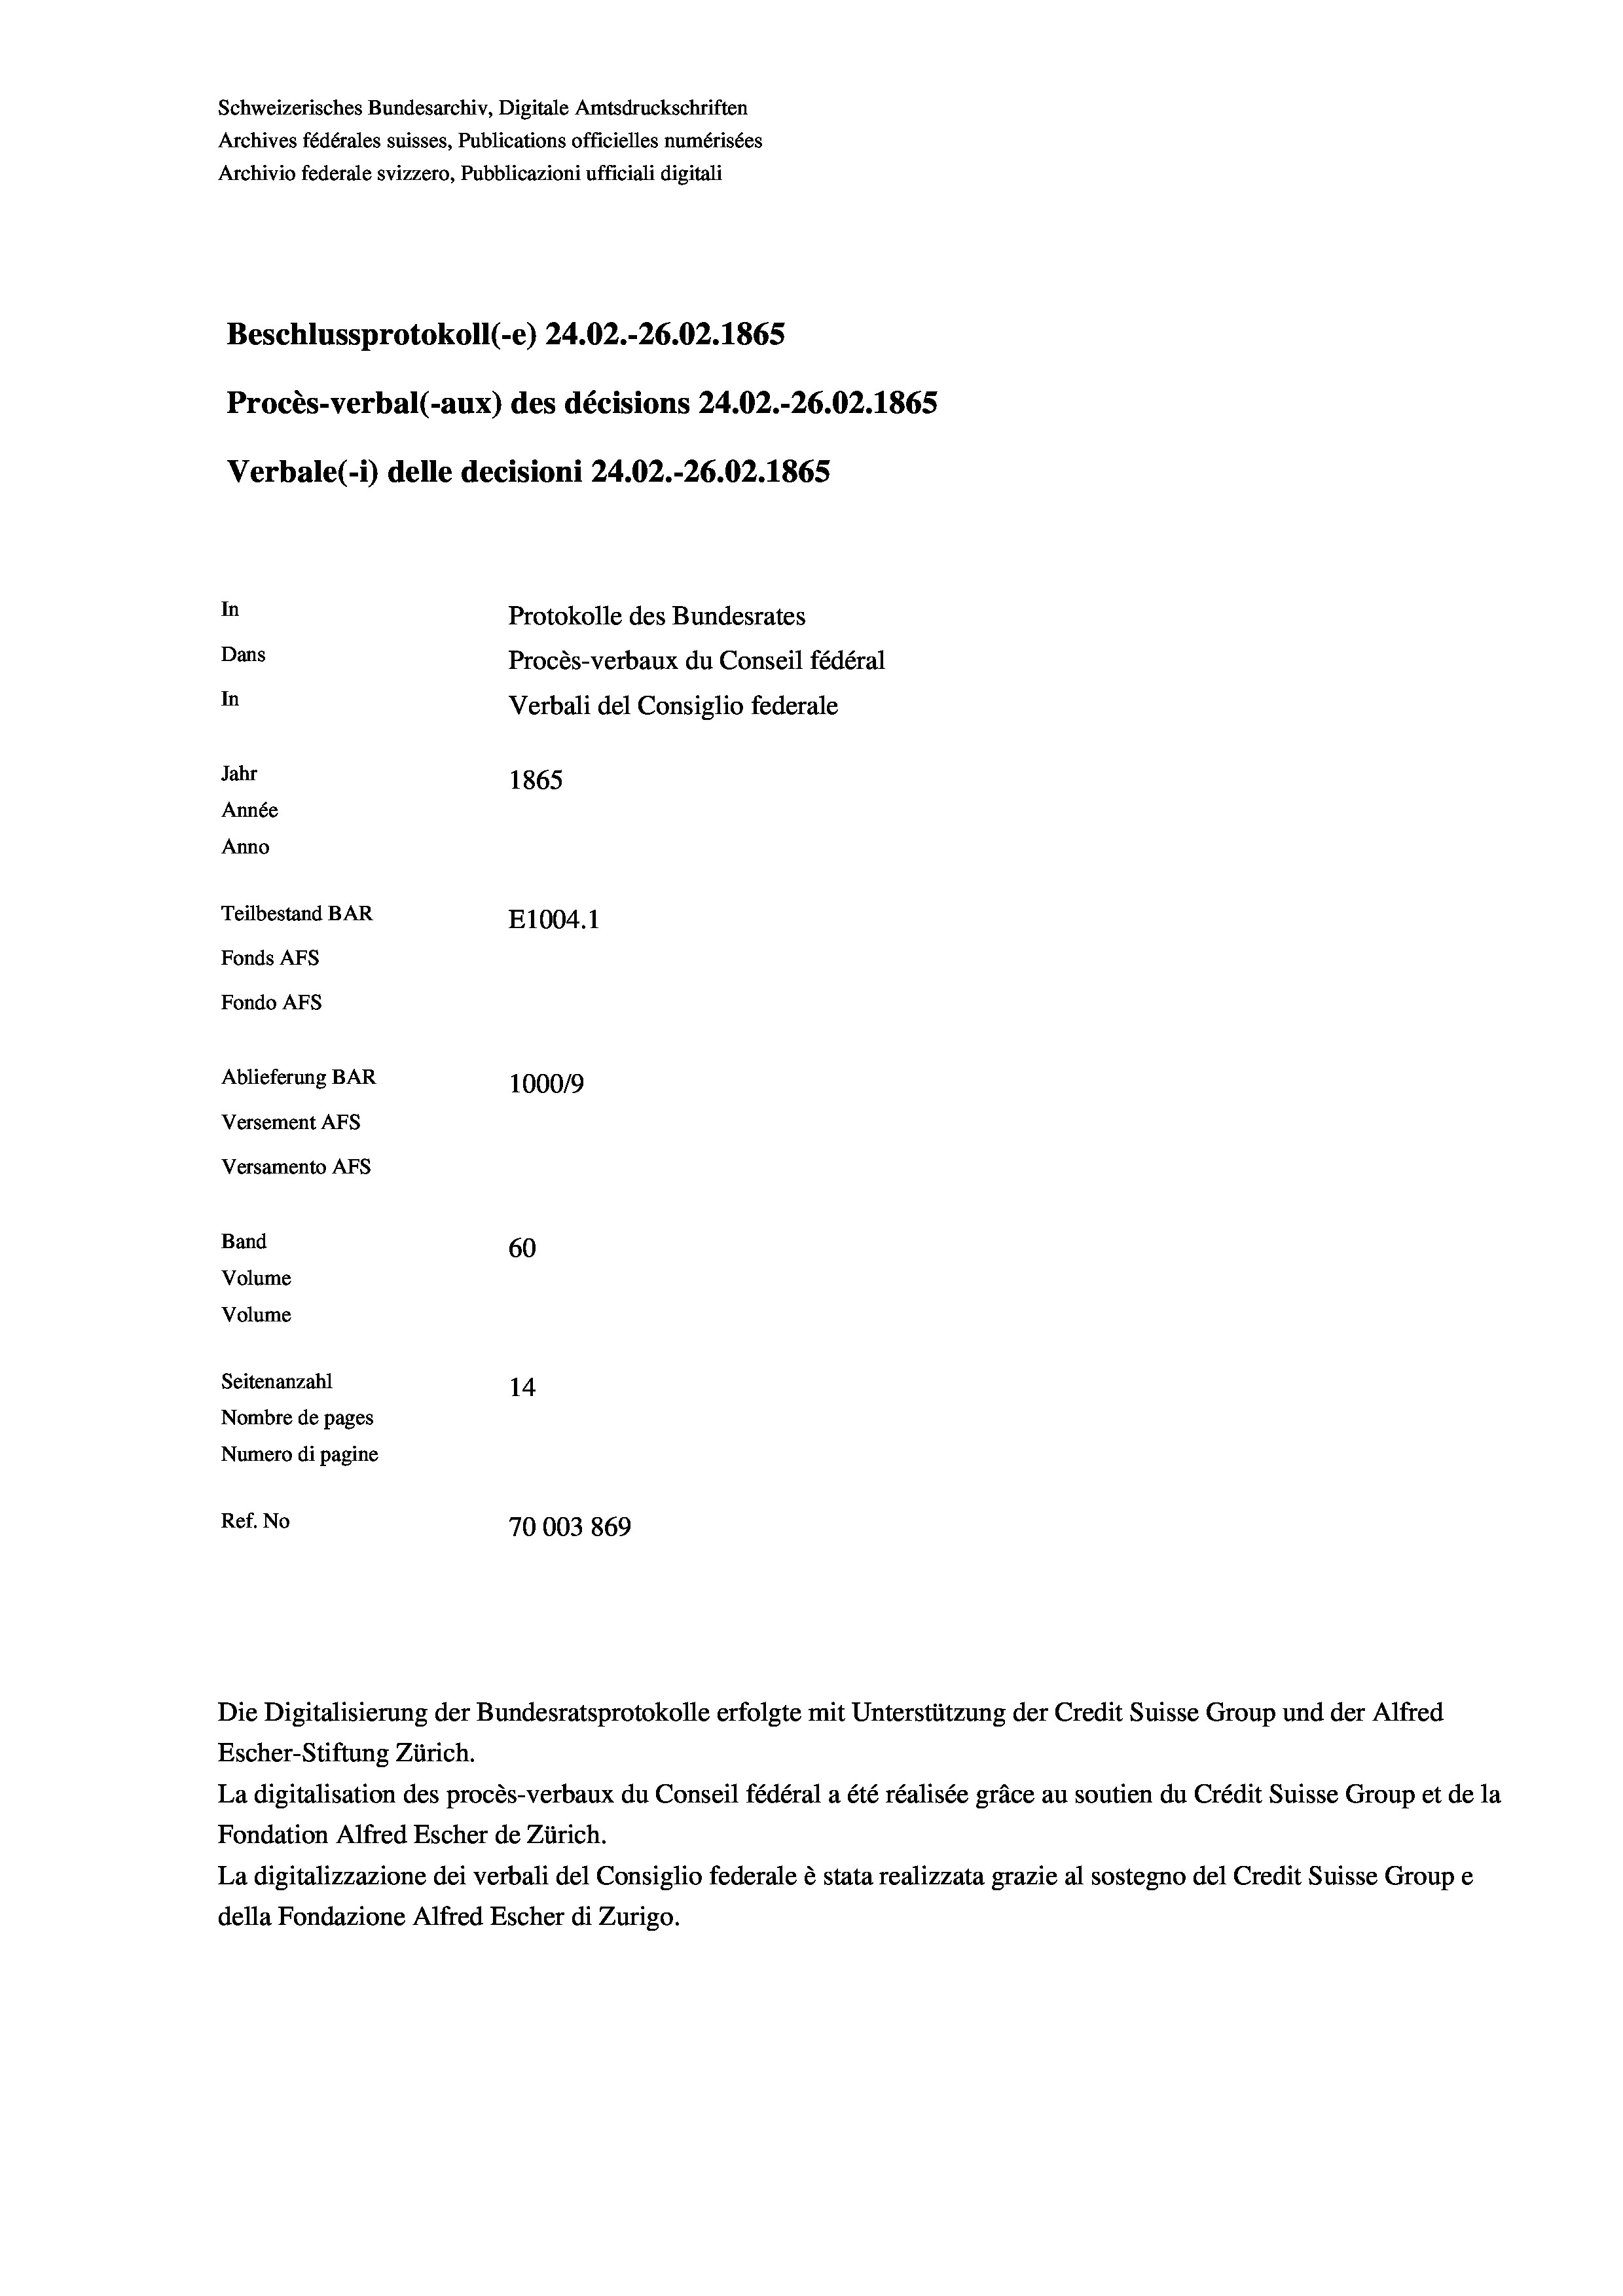
Schweizerisches Bundesarchiv, Digitale Amtsdruckschriften
Archives fédérales suisses, Publications officielles numérisées
Archivio federale svizzero, Pubblicazioni ufficiali digitali
Beschlussprotokoll (-e) 24.02.-26.02. 1865
Procès-verbal (-aux) des décisions 24.02.-26.02. 1865
Verbale (1) delle decisioni 24.02.-26.02. 1865
In
Protokolle des Bundesrates
Dans
Procès-verbaux du Conseil fédéral
In
Verbali del Consiglio federale
Jahr
1865
Année
Anno
Teilbestand BAR
E1004.1
Fonds Afs
Fondo Afs
Ablieferung BAR
100019
Versement AFS
Versamento Afs
Band
60
Volume
Volume
Seitenanzahl
14
Nombre de pages
Numero di pagine
Ref. No
70003 869

Die Digitalisierung der Bundesratsprotokolle erfolgte mit Unterstützung der Credit Suisse Group und der Alfred
Escher-Stiftung Zürich.

La digitalisation des procès-verbaux du Conseil fédéral a été réalisée gräce au soutien du Crédit Suisse Group et de la
Fondation Alfred Escher de Zürich.
La digitalizzazione dei verbali del Consiglio federale è stata realizzata grazie al sostegno del Credit Suisse Groupe
della Fondazione Alfred Escher di Zurigo.